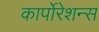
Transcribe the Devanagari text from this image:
कार्पोरेशन्स